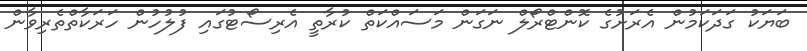
ބަޔަކު ގަދަކަމުން އެރަށުގެ ކޮންޓްރޯލް ނަގަން މަސައްކަތް ކުރާތީ އެރިސޯޓުގައި ފުލުހުން ހަރަކާތްތެރިވާން